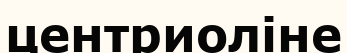
центриоліне